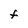
Character: F